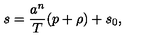
s = { \frac { a ^ { n } } { T } } ( p + \rho ) + s _ { 0 } ,